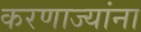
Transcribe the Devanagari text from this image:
करणाज्यांना